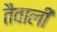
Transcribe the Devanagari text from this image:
तैवाली